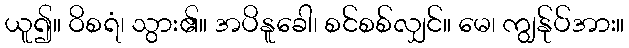
ယူ၍။ ဝိစရံ၊ သွား၏။ အပိနူခေါ၊ စင်စစ်လျှင်။ မေ၊ ကျွန်ုပ်အား။